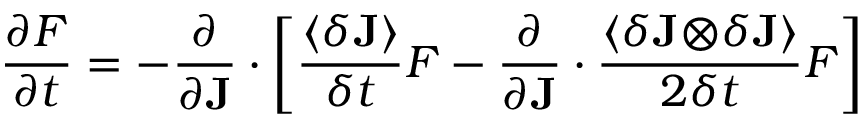
\frac { \partial F } { \partial t } = - \frac { \partial } { \partial \mathbf { J } } \cdot \left[ \frac { \left\langle \delta \mathbf { J } \right\rangle } { \delta t } F - \frac { \partial } { \partial \mathbf { J } } \cdot \frac { \left\langle \delta \mathbf { J \otimes } \delta \mathbf { J } \right\rangle } { 2 \delta t } F \right]